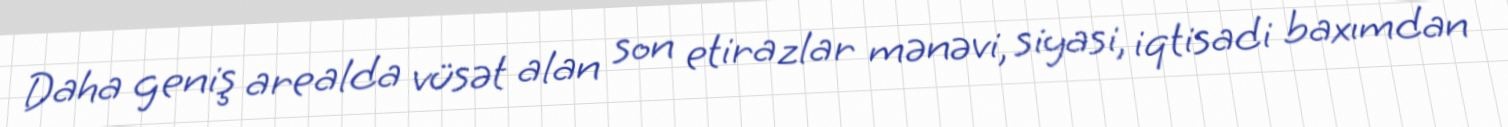
Daha geniş arealda vüsət alan son etirazlar mənəvi, siyasi, iqtisadi baxımdan